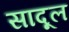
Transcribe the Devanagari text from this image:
सादूल